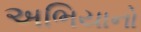
અભિયાનો